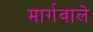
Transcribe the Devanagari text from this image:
मार्गवाले